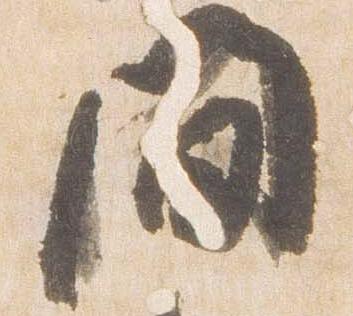
間